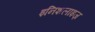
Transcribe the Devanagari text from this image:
इनिशलाइज़